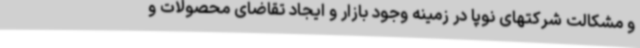
و مشکالت شرکتهای نوپا در زمینه وجود بازار و ایجاد تقاضای محصولات و